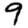
Digit: 9